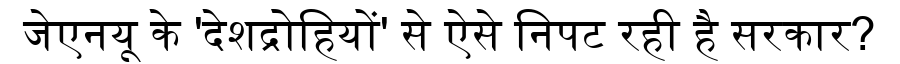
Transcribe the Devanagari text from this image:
जेएनयू के 'देशद्रोहियों' से ऐसे निपट रही है सरकार?